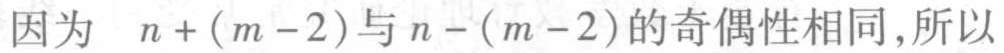
因为 \(n+(m - 2)\)与 \(n-(m - 2)\)的奇偶性相同,所以